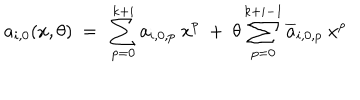
LaTeX: a _ { i , 0 } ( x , \theta ) \ = \ \sum _ { p = 0 } ^ { k + i } a _ { i , 0 , p } \ x ^ { p } \ + \ \theta \sum _ { p = 0 } ^ { k + i - 1 } \overline { { { a } } } _ { i , 0 , p } \ x ^ { p }